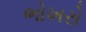
ભોખરો